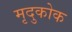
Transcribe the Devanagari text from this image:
मृदुकोक